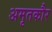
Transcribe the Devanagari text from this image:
अमृतकौर